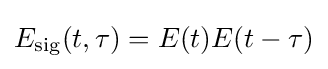
E_{\text{sig}}(t,\tau )=E(t)E(t-\tau )